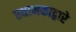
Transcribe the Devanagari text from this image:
स्थानकाद्वारे